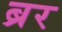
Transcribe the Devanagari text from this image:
ब्रर